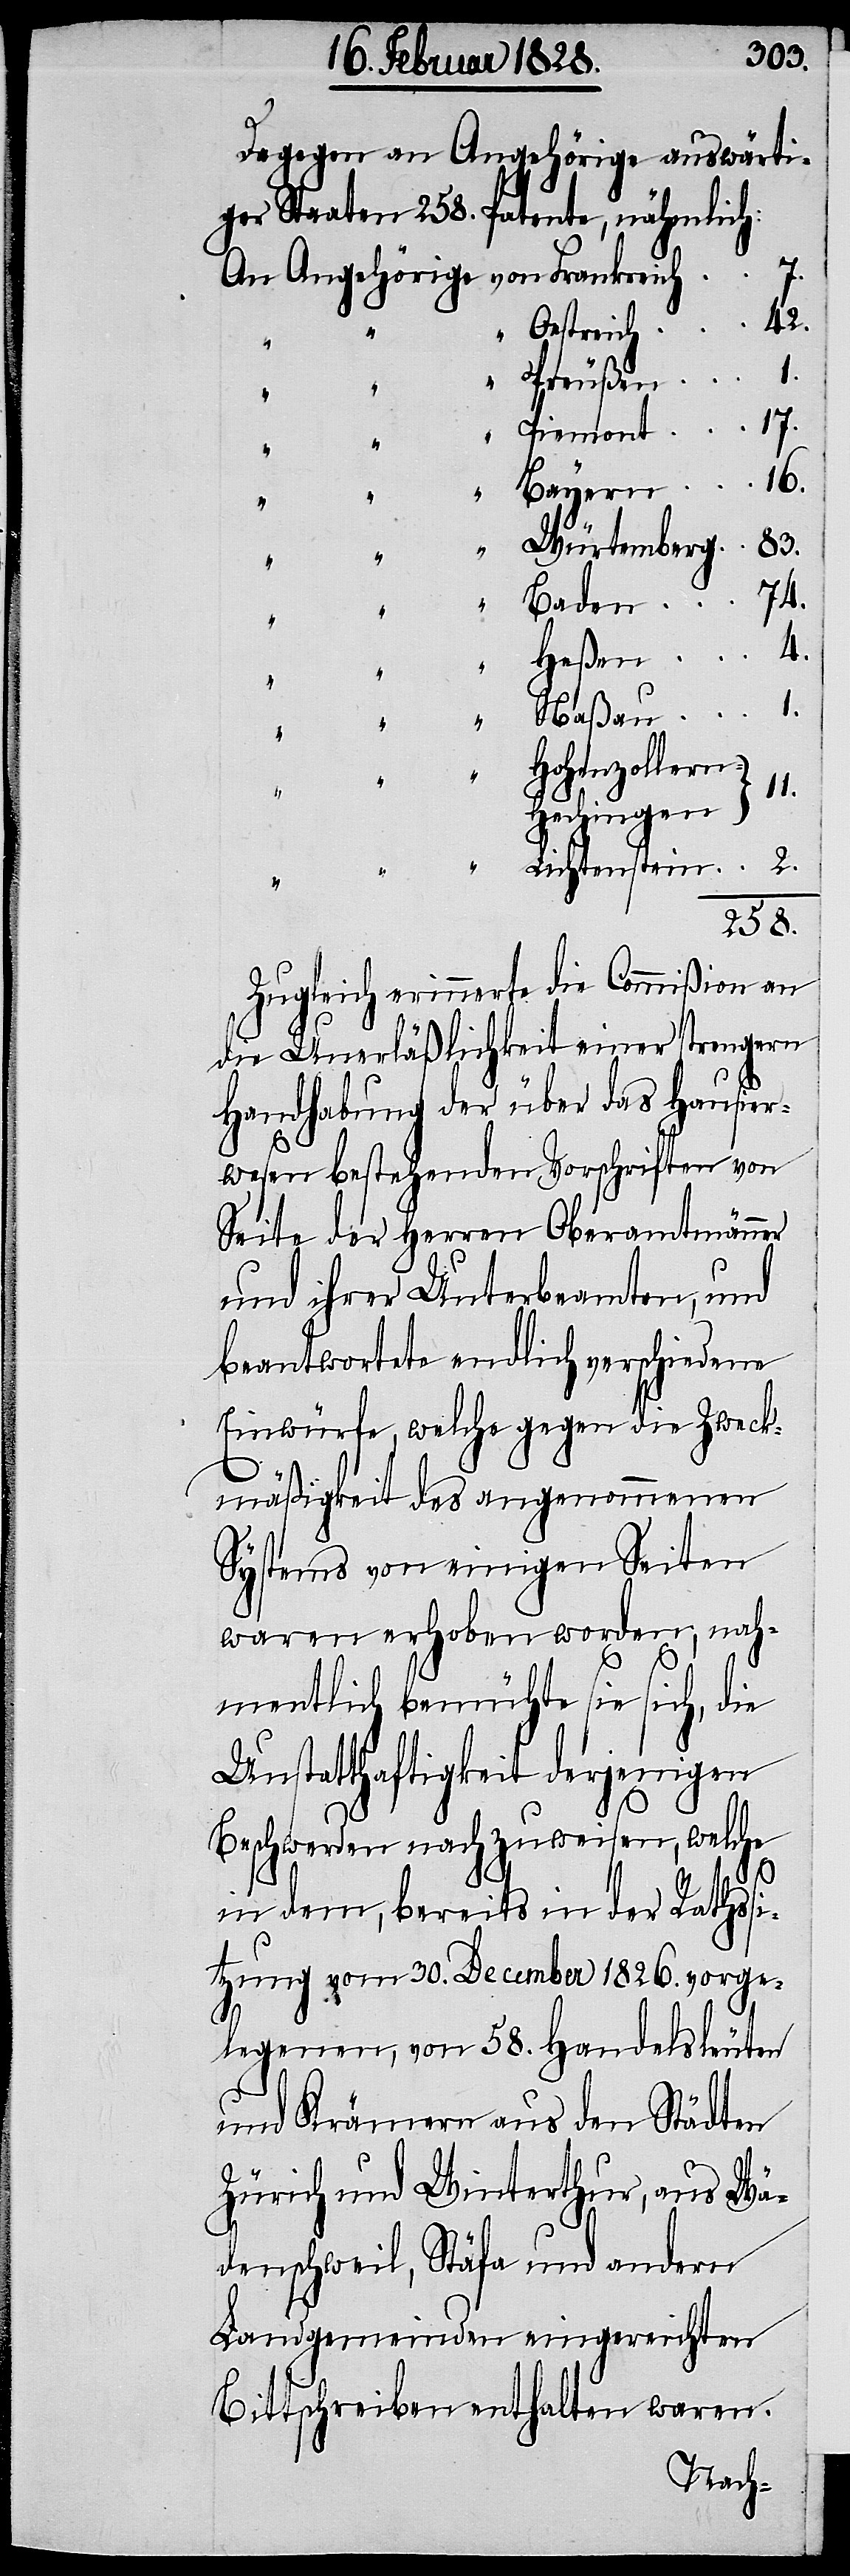
Dagegen an Angehörige auswärti¬
ger Staaten 258. Patente, nähmlich:
42.
Oestreich
16.
Bayern
Würtemberg
83.
74.
Heßen
4.
1.
Naßau
1.
Hohenzollern
11.
Hechingen
Lichtenstein
258.
Zugleich erinnerte die Commißion an
die Unerläßlichkeit einer strengern
Handhabung der über das Hausier¬
wesen bestehenden Vorschriften von
Seite der Herren Oberamtmänner
und ihrer Unterbeamteten, und
beantwortete endlich verschiedene
Einwürfe, welche gegen die Zweck¬
7.
mäßigkeit des angenommenen
Systems von einigen Seiten
waren erhoben worden, nah¬
mentlich bemühte sie sich, die
Unstatthaftigkeit derjenigen
Beschwerden nachzuweisen, welche
in dem, bereits in der Rathssi¬
tzung vom 30. December 1826. vorge¬
legenen, von 58. Handelsleuten
und Krämern aus den Städten
Zürich und Winterthur, aus Wä¬
denschweil, Stäfa und andern
Landgemeinden eingereichten
Bittschreiben enthalten waren.